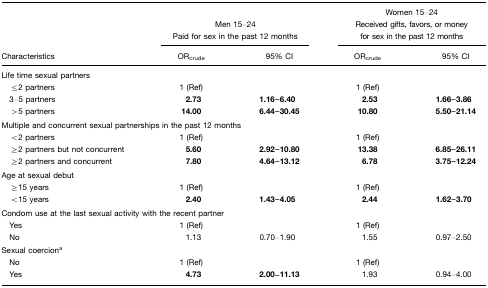
|  | <COLSPAN=2> Men 15–24Paid for sex in the past 12 months | <COLSPAN=2> Women 15–24Received gifts, favors, or money for sex in the past 12 months |
 | Characteristics | ORcrude | 95% CI | ORcrude | 95% CI |
 | --- | --- | --- | --- | --- |
 | <COLSPAN=5> Life time sexual partners |
 | ≤2 partners | 1 (Ref) |  | 1 (Ref) |  |
 | 3–5 partners | 2.73 | 1.16–6.40 | 2.53 | 1.66–3.86 |
 | >5 partners | 14.00 | 6.44–30.45 | 10.80 | 5.50–21.14 |
 | <COLSPAN=5> Multiple and concurrent sexual partnerships in the past 12 months |
 | <2 partners | 1 (Ref) |  | 1 (Ref) |  |
 | ≥2 partners but not concurrent | 5.60 | 2.92–10.80 | 13.38 | 6.85–26.11 |
 | ≥2 partners and concurrent | 7.80 | 4.64–13.12 | 6.78 | 3.75–12.24 |
 | <COLSPAN=5> Age at sexual debut |
 | ≥15 years | 1 (Ref) |  | 1 (Ref) |  |
 | <15 years | 2.40 | 1.43–4.05 | 2.44 | 1.62–3.70 |
 | <COLSPAN=5> Condom use at the last sexual activity with the recent partner |
 | Yes | 1 (Ref) |  | 1 (Ref) |  |
 | No | 1.13 | 0.70–1.90 | 1.55 | 0.97–2.50 |
 | <COLSPAN=5> Sexual coerciona |
 | No | 1 (Ref) |  | 1 (Ref) |  |
 | Yes | 4.73 | 2.00–11.13 | 1.93 | 0.94–4.00 |